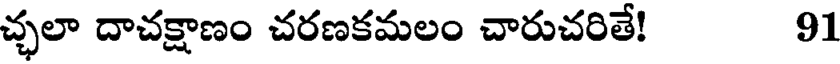
చ్ఛలా దాచక్షాణం చరణకమలం చారుచరితే! 91